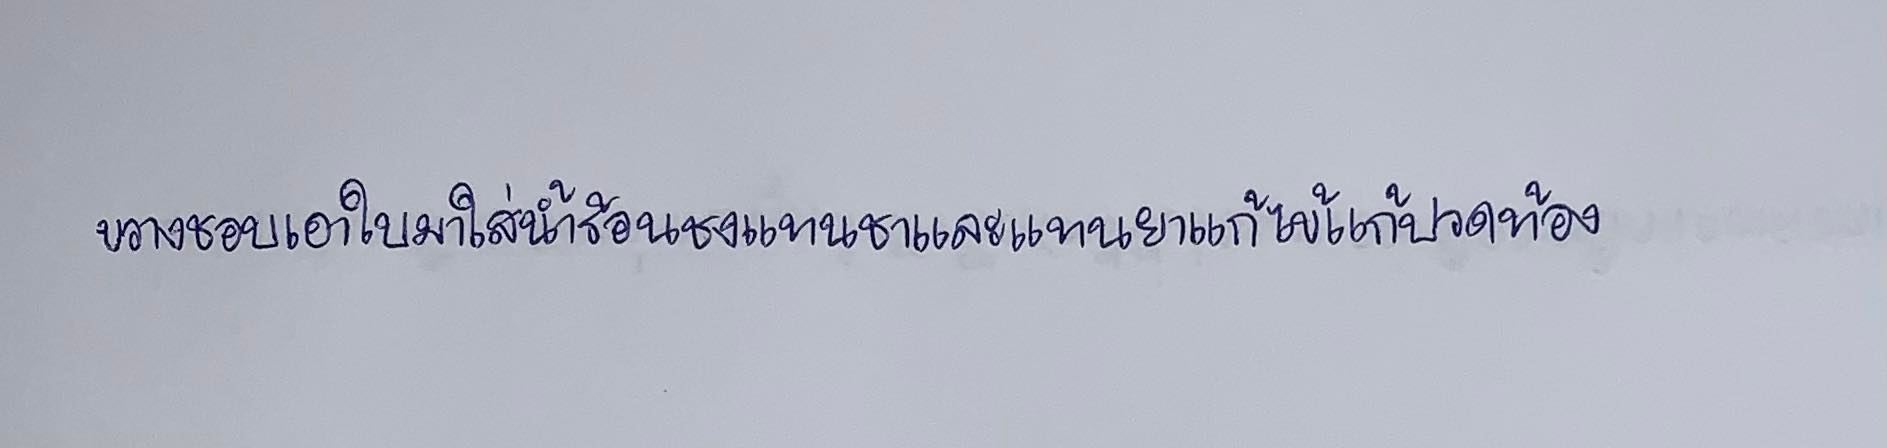
ขวางชอบเอาใบมาใส่น้ำร้อนชงแทนชาและแทนยาแก้ไข้แก้ปวดท้อง